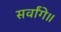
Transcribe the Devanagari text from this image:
सर्वांगे॥